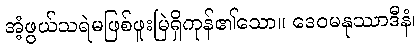
အံ့ဖွယ်သရဲမဖြစ်ဖူးမြဲရှိကုန်၏သော။ ဒေဝမနုဿာဒီနံ၊